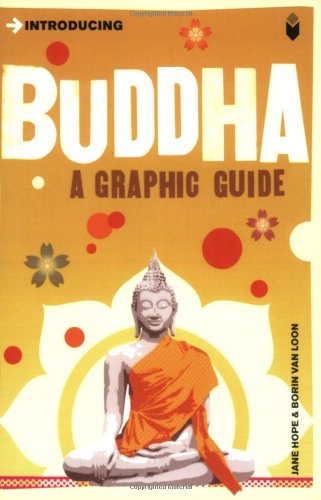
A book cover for Introducing Buddha: A Graphic Guide; Jane Hope; Religion & Spirituality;